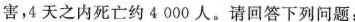
害，4天之内死亡约4000人。请回答下列问题：